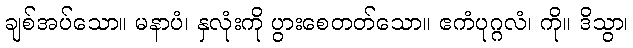
ချစ်အပ်သော။ မနာပံ၊ နှလုံးကို ပွားစေတတ်သော။ ဧကံပုဂ္ဂလံ၊ ကို။ ဒိသွာ၊